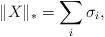
LaTeX: \begin{align*}\|X\|_*=\sum_i\sigma_i,\end{align*}